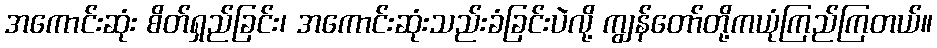
အကောင်းဆုံး စိတ်ရှည်ခြင်း၊ အကောင်းဆုံးသည်းခံခြင်းပဲလို့ ကျွန်တော်တို့ကယုံကြည်ကြတယ်။